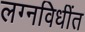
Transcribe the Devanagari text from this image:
लग्नविधींत